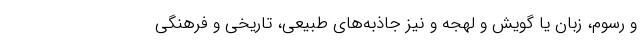
و رسوم، زبان یا گویش و لهجه و نیز جاذبه‌های طبیعی، تاریخی و فرهنگیِ